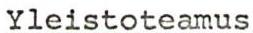
Yleistoteamus